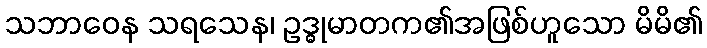
သဘာဝေန သရသေန၊ ဥဒ္ဓုမာတက၏အဖြစ်ဟူသော မိမိ၏